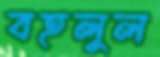
বহলুল